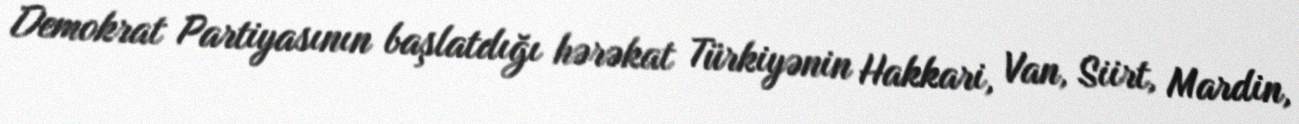
Demokrat Partiyasının başlatdığı hərəkat Türkiyənin Hakkari, Van, Siirt, Mardin,